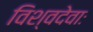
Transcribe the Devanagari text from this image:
विश्वदेवाः